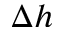
\Delta h